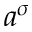
a ^ { \sigma }